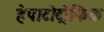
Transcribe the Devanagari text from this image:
हेपाटोट्रोफिक